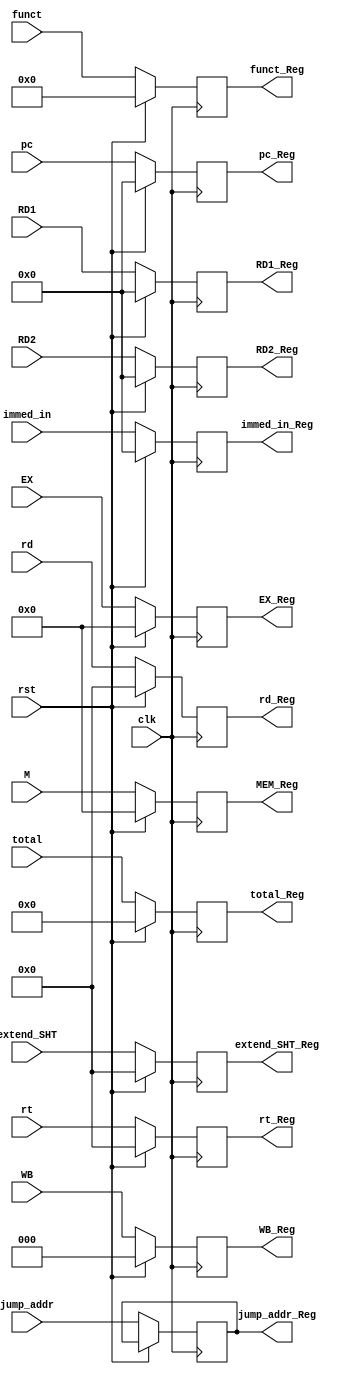
module ID_EX( clk, rst, WB, M, EX, pc, RD1, RD2, immed_in, rt, rd, total, jump_addr, funct,extend_SHT, WB_Reg, MEM_Reg, EX_Reg, pc_Reg, RD1_Reg, RD2_Reg, immed_in_Reg, rt_Reg, rd_Reg, total_Reg, jump_addr_Reg, funct_Reg,extend_SHT_Reg );

	input clk, rst;
	input [2:0] WB;
	input [3:0] M;
	input [3:0] EX;
	input [4:0] rt, rd, extend_SHT;
	input [5:0] funct ;
	input [31:0] RD1, RD2, immed_in, pc;
	input [6:0] total;
	input [31:0] jump_addr;
	
	output reg [6:0] total_Reg;
	output reg [2:0] WB_Reg;
	output reg [3:0] MEM_Reg;
	output reg [3:0] EX_Reg;
	output reg [4:0] rt_Reg, rd_Reg, extend_SHT_Reg;
	output reg [5:0] funct_Reg ;
	output reg [31:0] RD1_Reg, RD2_Reg, immed_in_Reg, pc_Reg;
	output reg [31:0] jump_addr_Reg;

	always@( posedge clk )
	begin
		if ( rst )
		begin
			pc_Reg <= 0;
			WB_Reg <= 0; 
			MEM_Reg <= 0;
			EX_Reg <= 0;
			RD1_Reg <= 0;
			RD2_Reg <= 0;
			immed_in_Reg <= 0;
			rt_Reg <= 0 ;
			rd_Reg <= 0;
			total_Reg <= 0;
			funct_Reg <= 0;
			extend_SHT_Reg <= 0 ;
		end
		else
		begin
			pc_Reg <= pc;
			WB_Reg <= WB;
			MEM_Reg <= M;
			EX_Reg <= EX;
			RD1_Reg <= RD1;
			RD2_Reg <= RD2;
			immed_in_Reg <= immed_in;
			rt_Reg <= rt;
			rd_Reg <= rd;
			total_Reg <= total;
			jump_addr_Reg <= jump_addr ;
			funct_Reg <= funct ;
			extend_SHT_Reg <= extend_SHT ;
		end
	end

endmodule